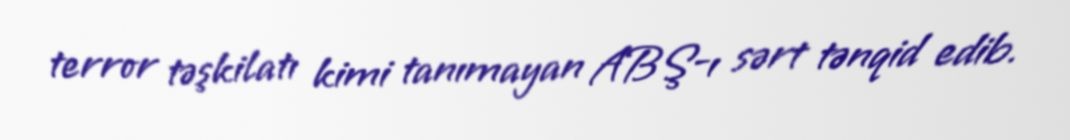
terror təşkilatı kimi tanımayan ABŞ-ı sərt tənqid edib.